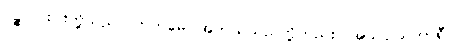
ပဉ္စ၊ ငါးပါးတို့သည်။ ကတမေ၊ အဘယ်သည်တို့တည်း။ အသပ္ပါယကာရီ၊